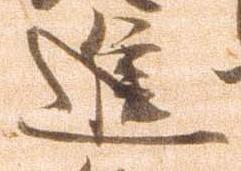
進